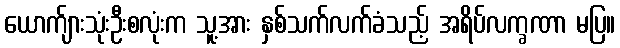
ယောက်ျားသုံးဦးစလုံးက သူ့အား နှစ်သက်လက်ခံသည့် အရိပ်လက္ခဏာ မပြ။